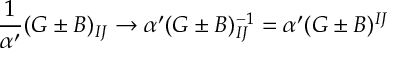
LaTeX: \frac { 1 } { \alpha ^ { \prime } } ( G \pm B ) _ { I J } \rightarrow \alpha ^ { \prime } ( G \pm B ) _ { I J } ^ { - 1 } = \alpha ^ { \prime } ( G \pm B ) ^ { I J }